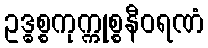
ဥဒ္ဓစ္စကုက္ကုစ္စနီဝရဏံ